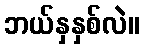
ဘယ်နှနှစ်လဲ။